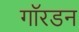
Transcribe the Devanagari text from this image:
गॉरडन